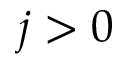
j > 0